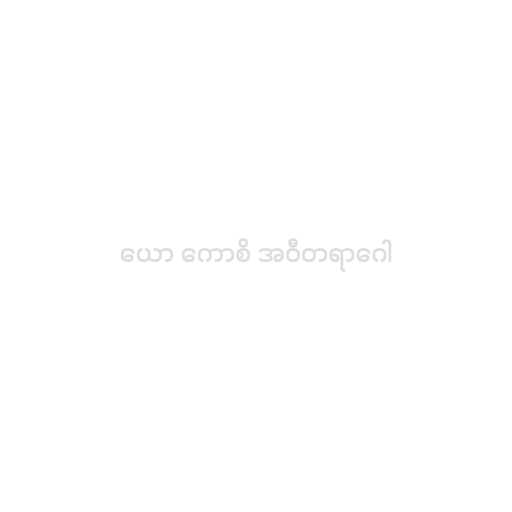
ယော ကောစိ အဝီတရာဂေါ